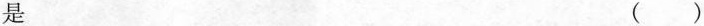
是( )